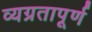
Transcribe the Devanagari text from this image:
व्यग्रतापूर्ण